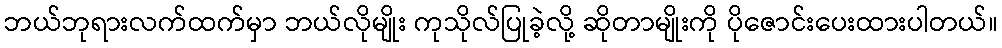
ဘယ်ဘုရားလက်ထက်မှာ ဘယ်လိုမျိုး ကုသိုလ်ပြုခဲ့လို့ ဆိုတာမျိုးကို ပိုဇောင်းပေးထားပါတယ်။